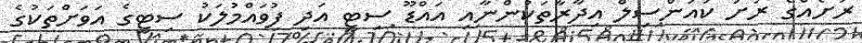
ރަށެއްގެ ރަށު ކައުންސިލް އިދާރާތަކުންނާއި އައްޑޫ ސިޓީ އަދި ފުވައްމުލަކު ސިޓީގެ އަވަށްތަކުގެ